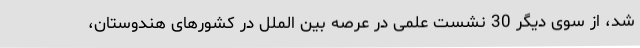
شد، از سوی دیگر 30 نشست علمی در عرصه بین الملل در کشورهای هندوستان،